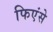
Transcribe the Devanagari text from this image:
फिएंसे